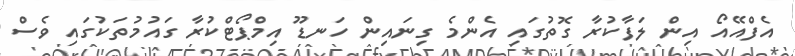
އެފްއޭއޯ އިން ލަފާކުރާ ގޮތުގައި އެންމެ ގިނައިން ހަނޑޫ އިމްޕޯޓްކުރާ ގައުމުތަކުގައި ވެސް